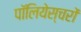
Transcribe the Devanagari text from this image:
पॉलियेस्चरों